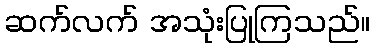
ဆက်လက် အသုံးပြုကြသည်။